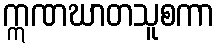
ဣဏဃာတသူစကာ